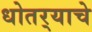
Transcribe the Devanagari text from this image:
धोतर्‍याचे